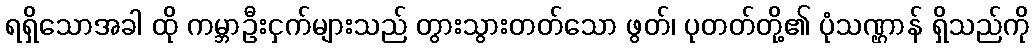
ရရှိသောအခါ ထို ကမ္ဘာဦးငှက်များသည် တွားသွားတတ်သော ဖွတ်၊ ပုတတ်တို့၏ ပုံသဏ္ဌာန် ရှိသည်ကို